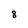
Character: 8